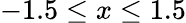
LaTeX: -1.5\leq x\leq 1.5